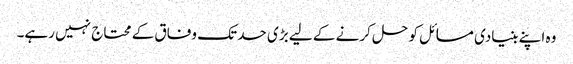
وہ اپنے بنیادی مسائل کو حل کرنے کے لیے بڑی حد تک وفاق کے محتاج نہیں رہے۔